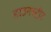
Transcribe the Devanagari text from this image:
डाउनस्ट्रीट